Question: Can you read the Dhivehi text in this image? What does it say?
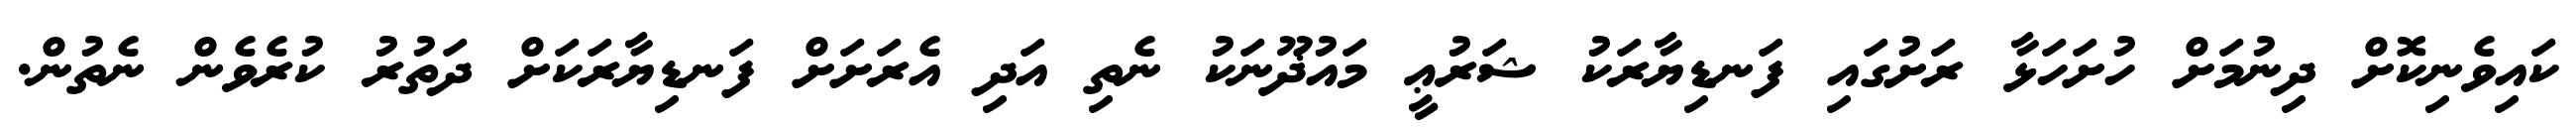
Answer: ކައިވެނިކޮށް ދިނުމަށް ހުށަހަޅާ ރަށުގައި ފަނޑިޔާރަކު ޝަރުޢީ މައުޛޫނަކު ނެތި އަދި އެރަށަށް ފަނޑިޔާރަކަށް ދަތުރު ކުރެވެން ނެތުން.